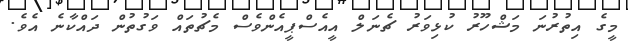
މީގެ އިތުރުނަ މަޝްހޫރު ކުޅިވަރު ޗެނަލް އީއެސްޕީއެންވެސް މެޗުތައް ވަގުތުން ދައްކާނެ އެވެ.